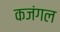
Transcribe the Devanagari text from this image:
कजंगल